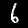
Label: 6